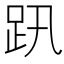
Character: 𧿅